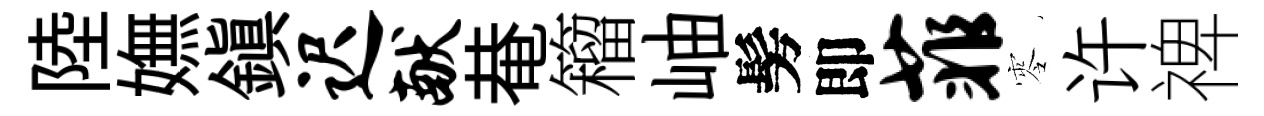
陸嫵鎭迟献𤲅籕岫髣即菲零许禆